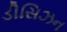
ડીસિઝન